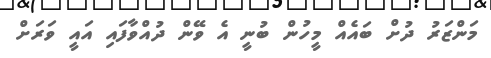
މަންޒަރު ދުށް ބައެއް މީހުން ބުނީ އެ ވޭން ދުއްވާފައި އައީ ވަރަށް